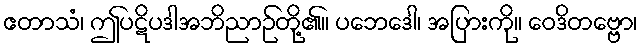
ဧတာသံ၊ ဤပဋိပဒါအဘိညာဉ်တို့၏။ ပဘေဒေါ၊ အပြားကို။ ဝေဒိတဗ္ဗော၊